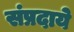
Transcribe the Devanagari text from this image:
संप्रदाये